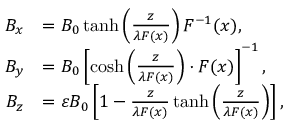
\begin{array} { r l } { B _ { x } } & { = B _ { 0 } \operatorname { t a n h } \left( \frac { z } { \lambda F ( x ) } \right) F ^ { - 1 } ( x ) , } \\ { B _ { y } } & { = B _ { 0 } \left[ \cosh \left( \frac { z } { \lambda F ( x ) } \right) \cdot F ( x ) \right] ^ { - 1 } , } \\ { B _ { z } } & { = \varepsilon B _ { 0 } \left[ 1 - \frac { z } { \lambda F ( x ) } \operatorname { t a n h } \left( \frac { z } { \lambda F ( x ) } \right) \right] , } \end{array}